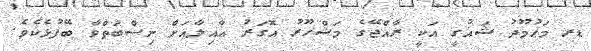
ޑރ މަޙުމޫދު ޝައުގީ އަކީ ރާއްޖޭގެ މަޝްހޫރު އޮގަރު ޢާއިލާއަށް ނިސްބަތްވާ ބޭފުޅެކެވެ.